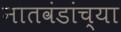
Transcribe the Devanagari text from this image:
नातवंडांच्या